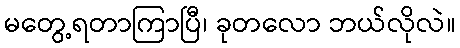
မတွေ့ရတာကြာပြီ၊ ခုတလော ဘယ်လိုလဲ။